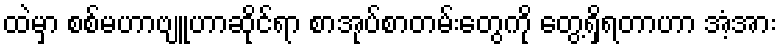
ထဲမှာ စစ်မဟာဗျူဟာဆိုင်ရာ စာအုပ်စာတမ်းတွေကို တွေ့ရှိရတာဟာ အံ့အား